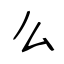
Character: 么